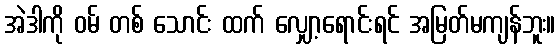
အဲဒါကို ဝမ် တစ် သောင်း ထက် လျှော့ရောင်းရင် အမြတ်မကျန်ဘူး။